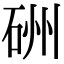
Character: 𥒁